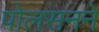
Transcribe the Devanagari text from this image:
पोलसनने